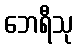
ဘေရီသု